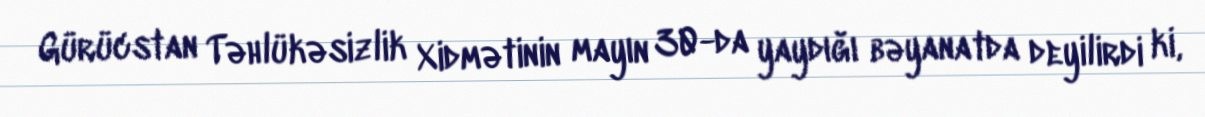
Gürücstan Təhlükəsizlik Xidmətinin mayın 30-da yaydığı bəyanatda deyilirdi ki,